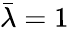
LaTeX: \bar{\lambda}=1